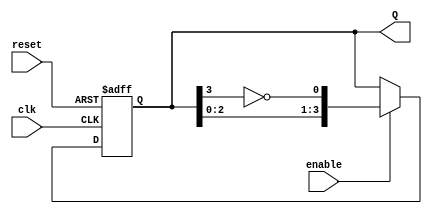
module johnson_counter #(
    parameter N = 4  // Number of flip-flops
)(
    input wire clk,          // Clock input
    input wire reset,        // Asynchronous reset
    input wire enable,       // Enable signal
    output reg [N-1:0] Q     // Counter output
);

// Internal signal for the inverted output of the last flip-flop
wire feedback;

// Assign feedback as the inverted output of the last flip-flop
assign feedback = ~Q[N-1];

// Sequential logic for the Johnson Counter
always @(posedge clk or posedge reset) begin
    if (reset) begin
        // Reset all flip-flops to 0
        Q <= 0;
    end else if (enable) begin
        // Shift the states with feedback
        Q <= {Q[N-2:0], feedback};
    end
end

endmodule